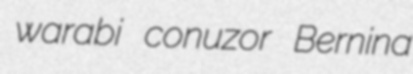
warabi conuzor Bernina